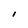
Character: l